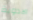
الادوية